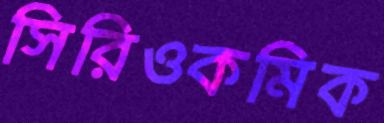
সিরিওকমিক